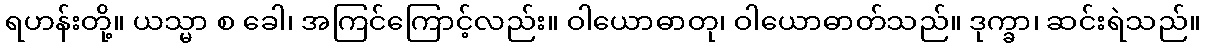
ရဟန်းတို့။ ယသ္မာ စ ခေါ၊ အကြင်ကြောင့်လည်း။ ဝါယောဓာတု၊ ဝါယောဓာတ်သည်။ ဒုက္ခာ၊ ဆင်းရဲသည်။